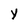
Character: Y